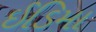
ઈડિમા